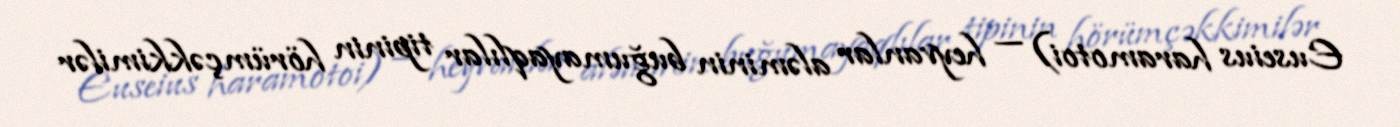
Euseius haramotoi) — heyvanlar aləminin buğumayaqlılar tipinin hörümçəkkimilər